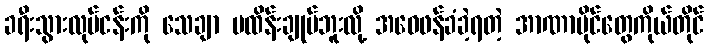
ခရီးသွားလုပ်ငန်းကို သေချာ မထိန်းချုပ်ဘူးလို့ အဝေဖန်ခံခဲ့ရတဲ့ အာဏာပိုင်တွေကိုယ်တိုင်